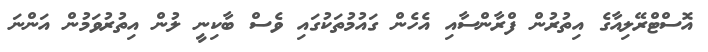
އޮސްޓްރޭލިއާގެ އިތުރުން ފްރާންސާއި އެހެން ގައުމުތަކުގައި ވެސް ބާކިނީ ލުން އިތުރުވަމުން އަންނަ